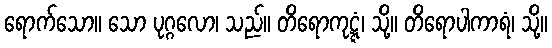
ရောက်သော။ သော ပုဂ္ဂလော၊ သည်။ တိရောကုဋ္ဋံ၊ သို့။ တိရောပါကာရံ၊ သို့။